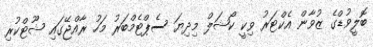
ބޮލީވުޑްގެ ޒުވާން އެކްޓަރު ވިކީ ކޯޝަލް މިދިޔަ ސެޕްޓެމްބަރު މަހު ރާއްޖޭގައި ޝޫޓްކުރި